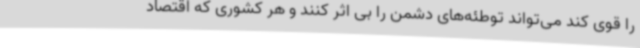
را قوی کند می‌تواند توطئه‌های دشمن را بی اثر کنند و هر کشوری که اقتصاد